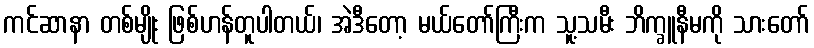
ကင်ဆာနာ တစ်မျိုး ဖြစ်ဟန်တူပါတယ်၊ အဲဒီတော့ မယ်တော်ကြီးက သူ့သမီး ဘိက္ခူနီမကို သားတော်